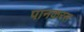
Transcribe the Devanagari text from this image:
पानकरस